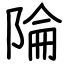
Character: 陯